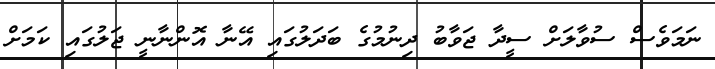
ނަމަވެސް ސުވާލަށް ސީދާ ޖަވާބު ދިނުމުގެ ބަދަލުގައި އޭނާ އޮންނާނީ ޖަލުގައި ކަމަށް